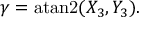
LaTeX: \gamma = \operatorname { a t a n 2 } ( X _ { 3 } , Y _ { 3 } ) .